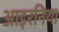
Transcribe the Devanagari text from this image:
आइरनिया